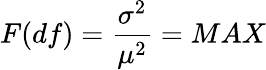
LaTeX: F(df)=\frac{\sigma^{2}}{\mu^{2}}=MAX